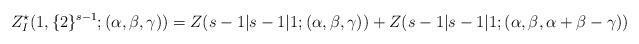
LaTeX: \begin{align*}Z_{I}^{\star}(1,\{2\}^{s-1};(\alpha, \beta,\gamma))=Z(s-1|s-1|1;(\alpha,\beta,\gamma))+Z(s-1|s-1|1;(\alpha,\beta,\alpha+\beta-\gamma))\end{align*}